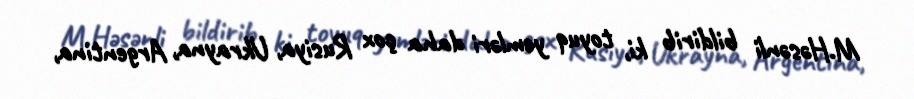
M.Həsənli bildirib ki, toyuq yemləri daha çox Rusiya, Ukrayna, Argentina,